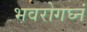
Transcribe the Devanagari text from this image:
भवरोगघ्नं